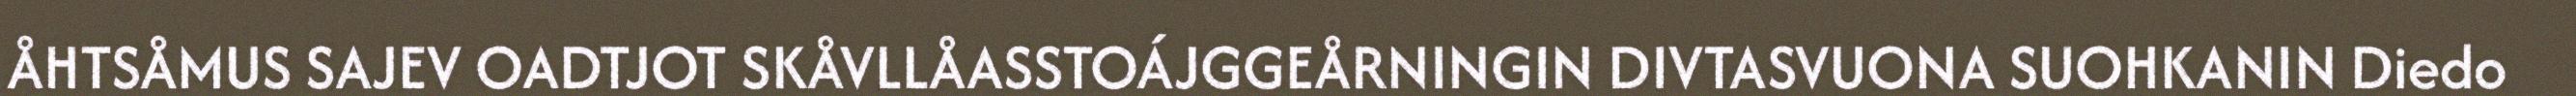
ÅHTSÅMUS SAJEV OADTJOT SKÅVLLÅASSTOÁJGGEÅRNINGIN DIVTASVUONA SUOHKANIN Diedo